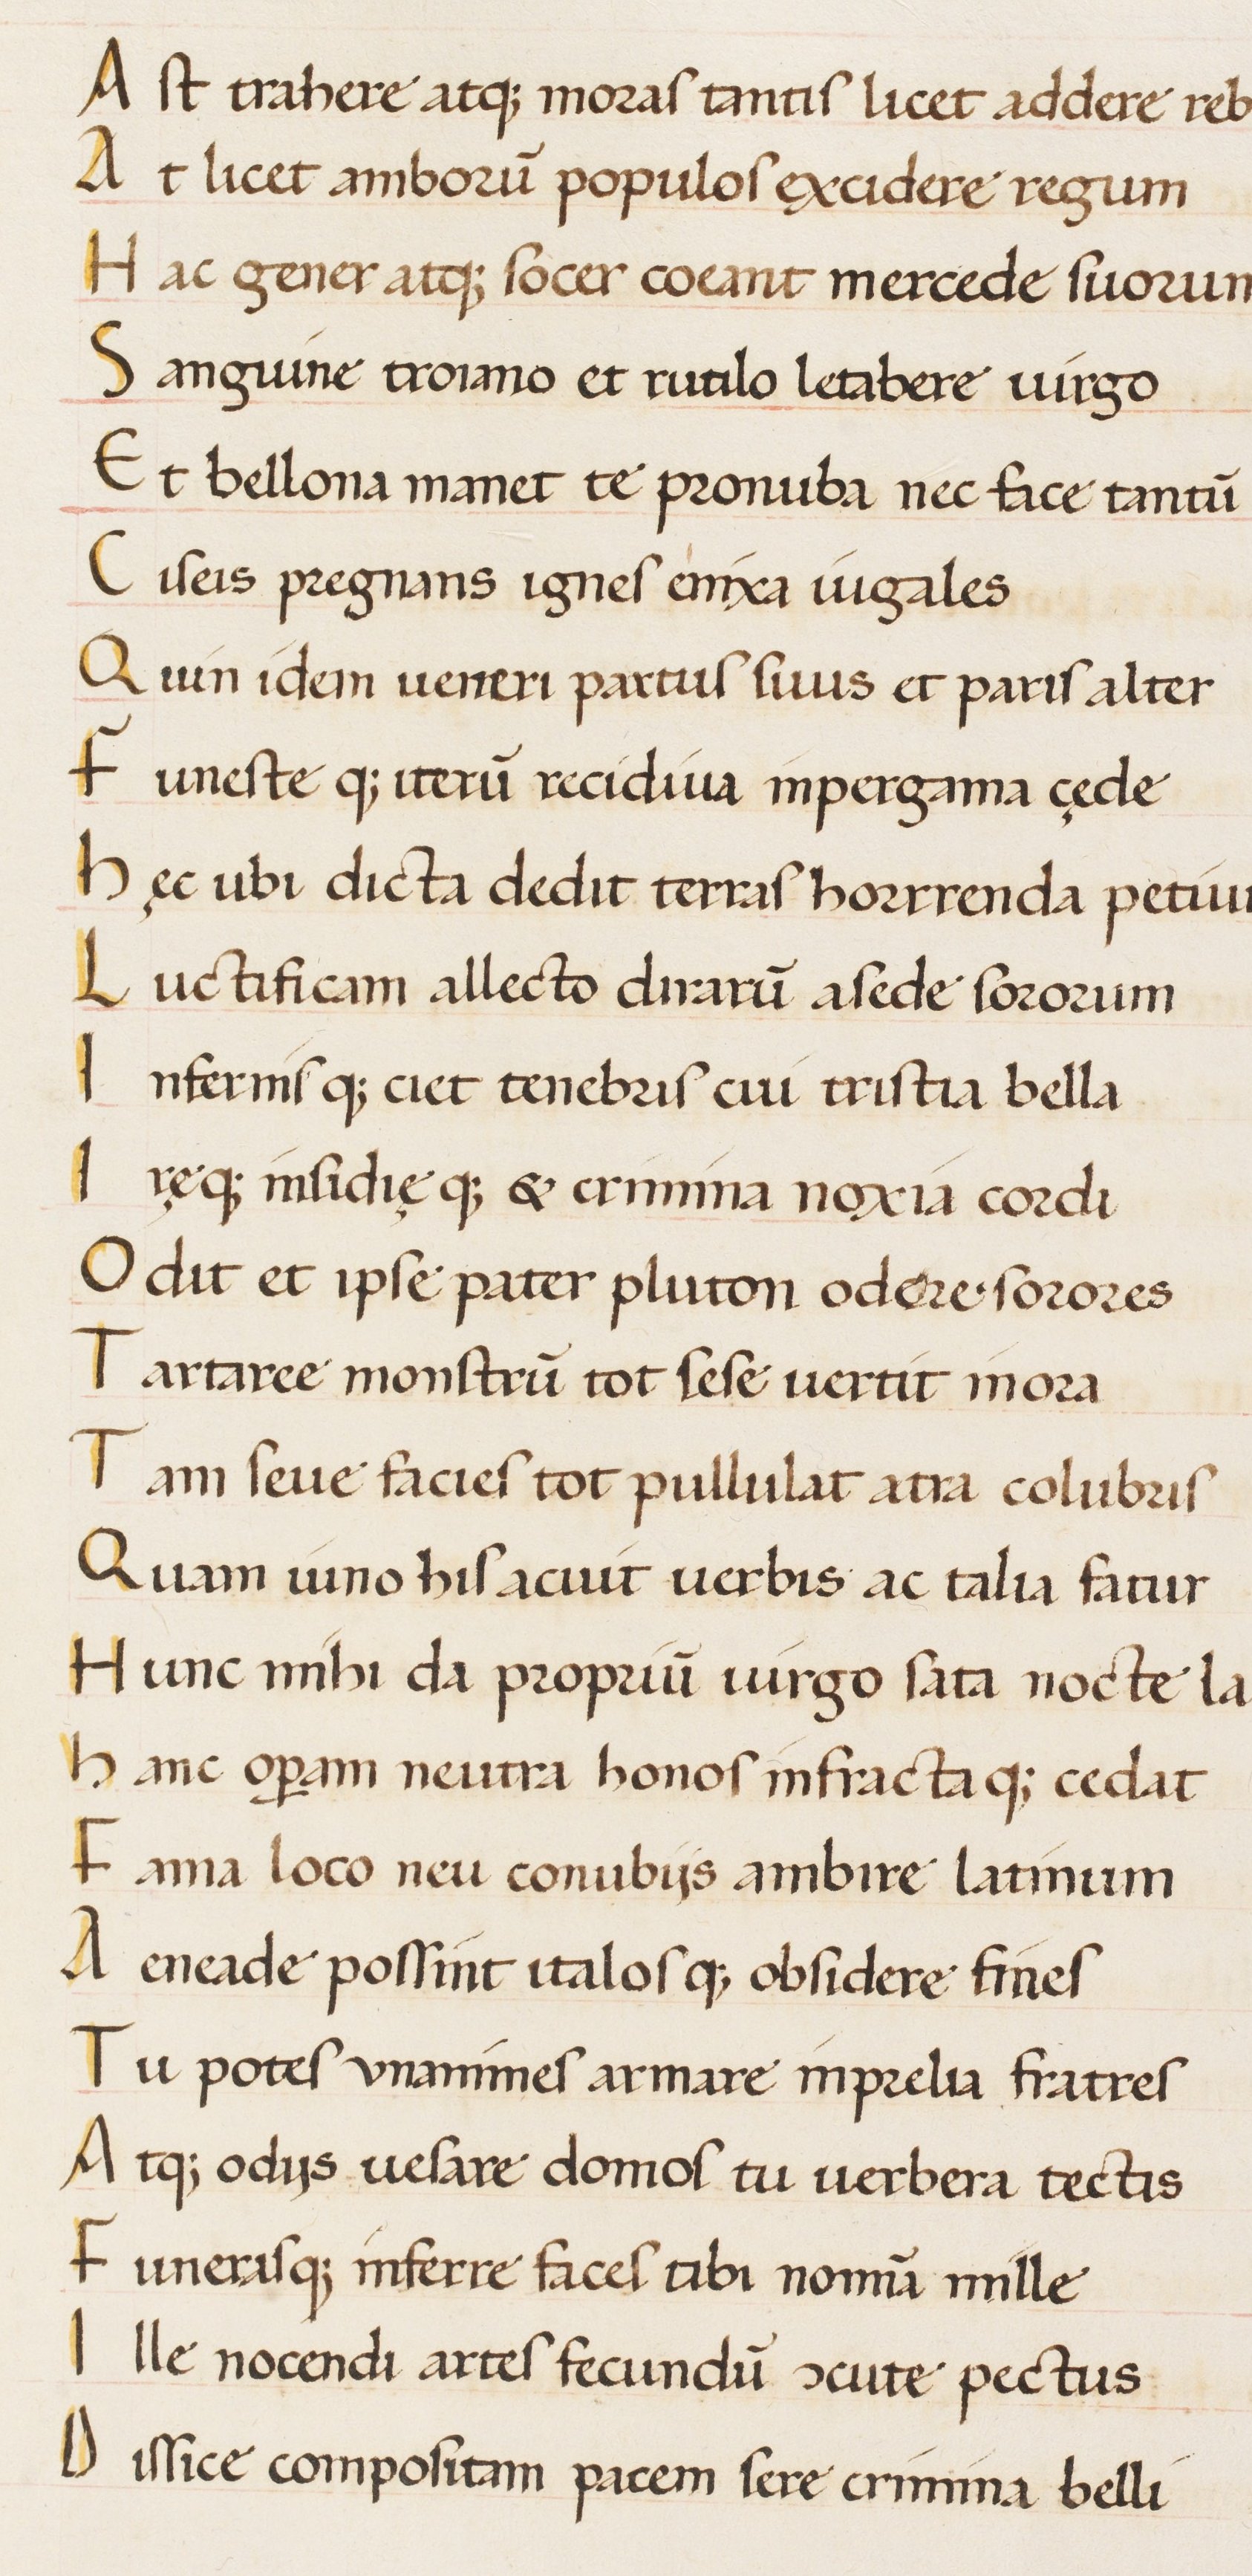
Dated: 1450–1474